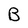
Character: B